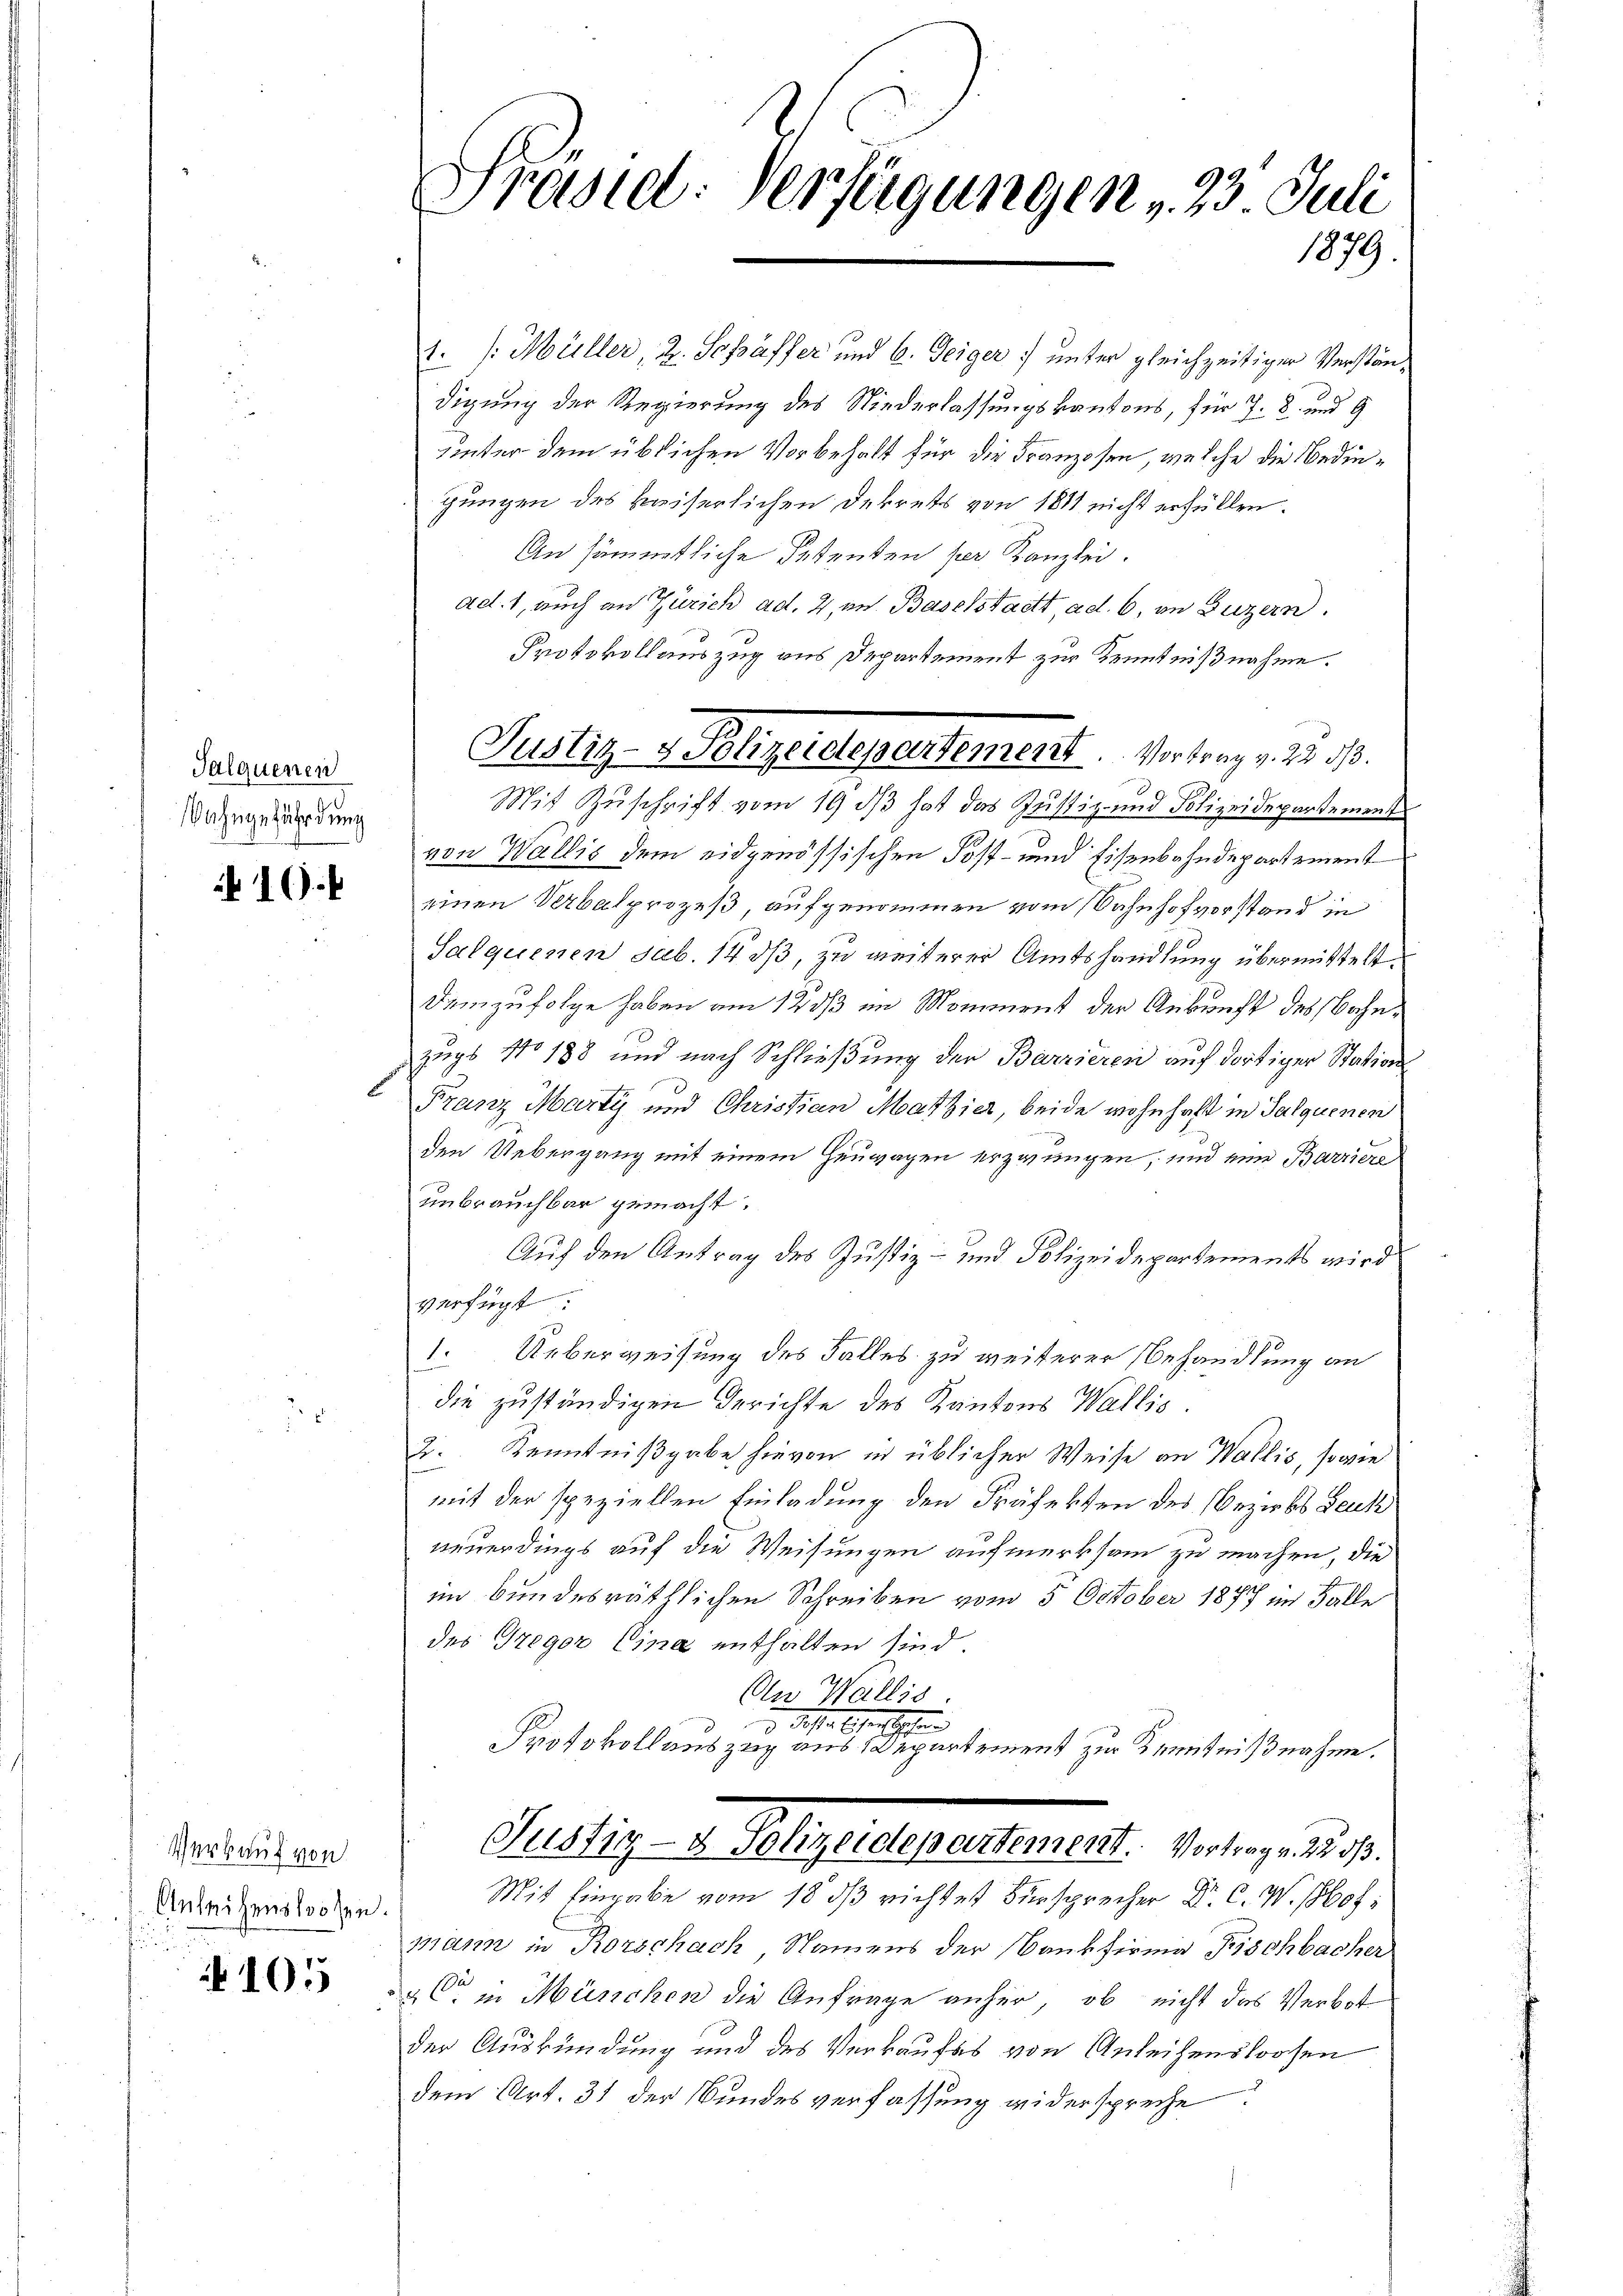
Jalquenen
ahngefährdung

10.

Verkauf von
Anleihenstossen.
d

105

Präsid. Verfügungen , 23 Juli
1879

Justiz- & Polizerclepertement. Vortrag v. 22. d.

1. /: Müller, 2. Schäffer und 6. Feiger unter gleichzeitiger Verständigung der Regierung des Niederlassungskantons, für J. 8. und 9
uinter dem üblichen Vorbehalt für die Franzosen, welche die Bedingungen des kaiserlichen Dekrets von 1811 nicht erfüllen.
An sämmtliche Bestenten per Kanzlei.
ad. 1, auch an Zürich ad. 2, in Baselstadt ad. 6, in Luzern
Protokollauszug aus Departement zur Kenntnißnahme.
Mit Zuschrift vom 19. ds hat das Justiz- und Polizeidepartement
von Wallis dem eidgenössischen Post- und Eisenbahndepartement
einen Verbalprozeß, aufgenommen vom Bahnhofvorstand in
Salquenen sub. 14 dß, zu weiterer Amtshandlung übermittelt.
Demzufolge haben am 12 1/3 im Momment der Ankunft des Bahnzugs No 188 und nach Schließung der Barrieren auf dortiger Stations¬
Franz Marty und Christian Mathier, beide wohnhaft in Salquenen
den Uebergang mit einem Heuwagen erzwungen, und eine Barriere
unbrauchbar gemacht.
Auf den Antrag des Justiz- und Polizeidepartements wird
verfügt:
1. Ueberweisung des Falles zu weiterer Behandlung an
die zuständigen Gerichte des Kantons Wallis.
Dr. Kenntnißgabe hievon in üblicher Weise an Wallis, sowie
mit der speziellen Einladung den Präfekten des Bezirks Leuk
neuerdings auf die Weisungen aufmerksam zu machen, die
u
im bundesräthlichen Schreiben vom 5. October 1877 im Falle
des Gregor Eina enthalten sind.
An Wallis
3 desse lesenschehen
Protokollauszug aus Departement zur Kenntnißnahme.
Glustiz- & Polizeidepartement. 1 den 148. 8.
Mit Eingabe vom 18. ds richtet Fürsprecher Dr. C. W. schof
mann in Rorschach, Namens der Bankfirma Fischbacher
 C in München die Anfrage anher, ob nicht das Verbot
der Auskündung und des Verkaufes von Anleihenslosen
dem Art. 31 der Bundesverfassung widerspreche